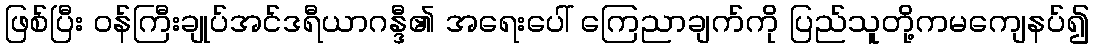
ဖြစ်ပြီး ဝန်ကြီးချုပ်အင်ဒရီယာဂန္ဒီ၏ အရေးပေါ် ကြေညာချက်ကို ပြည်သူတို့ကမကျေနပ်၍